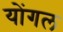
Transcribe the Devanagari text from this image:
योंगल